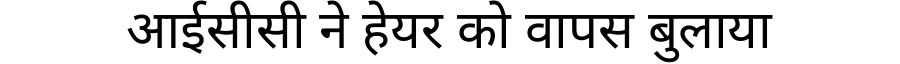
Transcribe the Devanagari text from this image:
आईसीसी ने हेयर को वापस बुलाया